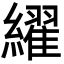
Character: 䌦